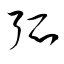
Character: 弧